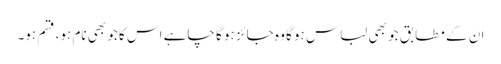
ان کے مطابق جو بھی لباس ہو گا وہ جائز ہو گا چاہے اس کا جو بھی نام ہو، قسم ہو۔